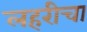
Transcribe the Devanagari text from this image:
लहरीचा